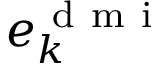
\boldsymbol { e } _ { k } ^ { \mathrm { ~ d ~ m ~ i ~ } }